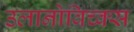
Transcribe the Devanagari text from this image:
उलानोविच्क्स